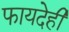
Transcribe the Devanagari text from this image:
फायदेही